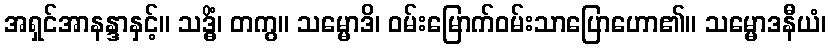
အရှင်အာနန္ဒာနှင့်။ သဒ္ဓိံ၊ တကွ။ သမ္မောဒိ၊ ဝမ်းမြောက်ဝမ်းသာပြောဟော၏။ သမ္မောဒနီယံ၊